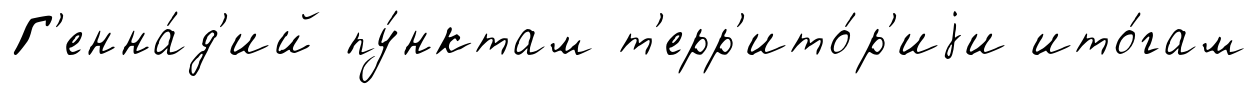
Г'енна́д'ий пу́нктам т'ерр'ито́р'иjи ито́гам